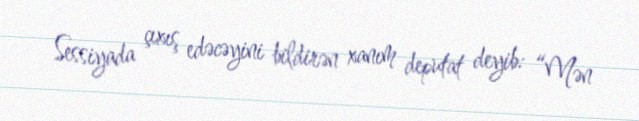
Sessiyada çıxış edəcəyini bildirən xanım deputat deyib: “Mən